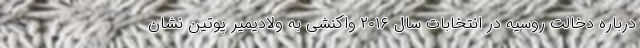
درباره دخالت روسیه در انتخابات سال ۲۰۱۶ واکنشی به ولادیمیر پوتین نشان